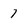
Character: 7